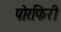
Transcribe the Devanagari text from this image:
पोरफिरी